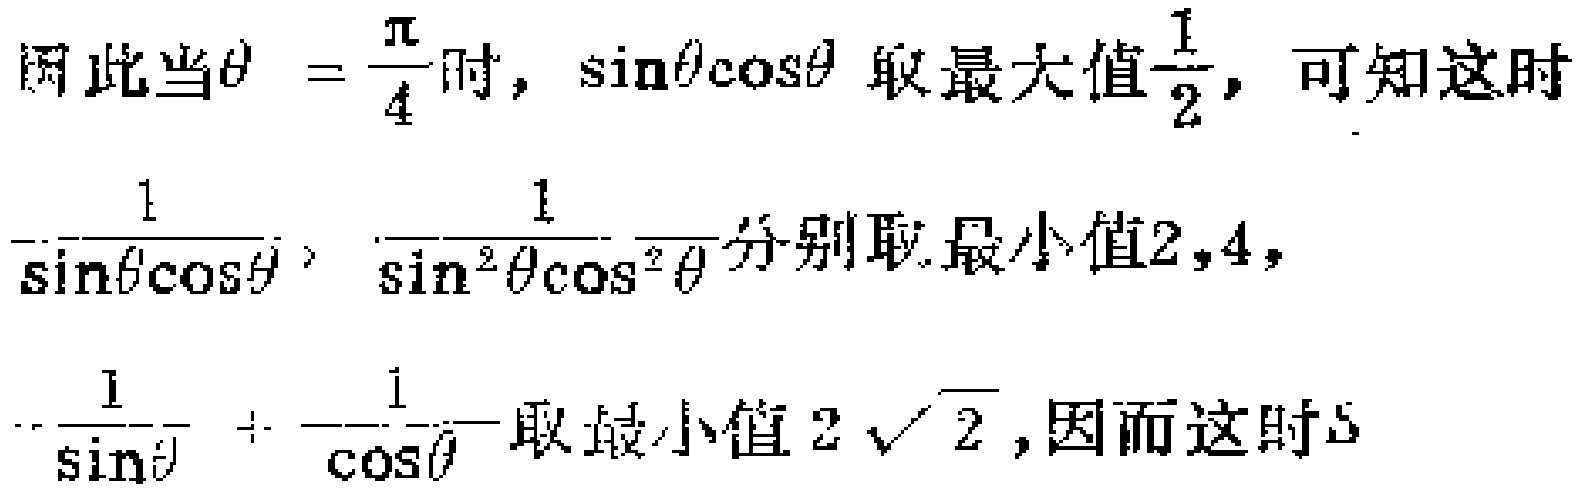
因此当$\theta = \frac{\pi}{4}$时，$\sin\theta\cos\theta$ 取最大值$\frac{1}{2}$，可知这时
$\frac{1}{\sin\theta\cos\theta}, \frac{1}{\sin^{2}\theta\cos^{2}\theta}$分别取最小值$2,4$，
$\frac{1}{\sin\theta} + \frac{1}{\cos\theta}$取最小值$2\sqrt{2}$，因而这时$S$